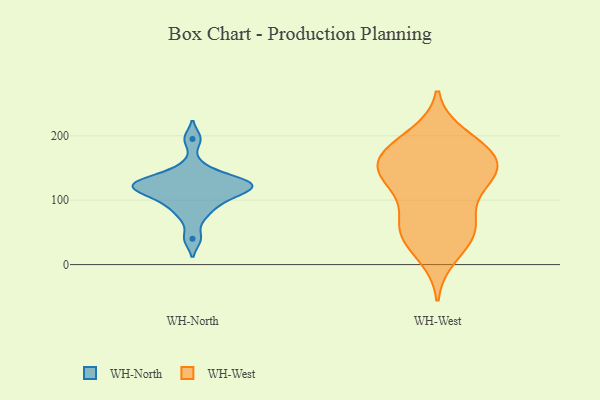
{"axis": {"x": "Tickets Resolved", "y": "Value"}, "legend": ["WH-North", "WH-West"], "data": [{"x": "", "y": 127, "type": "WH-North"}, {"x": "", "y": 151, "type": "WH-North"}, {"x": "", "y": 195, "type": "WH-North"}, {"x": "", "y": 121, "type": "WH-North"}, {"x": "", "y": 74, "type": "WH-North"}, {"x": "", "y": 130, "type": "WH-North"}, {"x": "", "y": 125, "type": "WH-North"}, {"x": "", "y": 100, "type": "WH-North"}, {"x": "", "y": 40, "type": "WH-North"}, {"x": "", "y": 108, "type": "WH-North"}, {"x": "", "y": 114, "type": "WH-North"}, {"x": "", "y": 132, "type": "WH-North"}, {"x": "", "y": 121, "type": "WH-North"}, {"x": "", "y": 90, "type": "WH-North"}, {"x": "", "y": 186, "type": "WH-West"}, {"x": "", "y": 177, "type": "WH-West"}, {"x": "", "y": 159, "type": "WH-West"}, {"x": "", "y": 14, "type": "WH-West"}, {"x": "", "y": 41, "type": "WH-West"}, {"x": "", "y": 133, "type": "WH-West"}, {"x": "", "y": 152, "type": "WH-West"}, {"x": "", "y": 173, "type": "WH-West"}, {"x": "", "y": 61, "type": "WH-West"}, {"x": "", "y": 62, "type": "WH-West"}, {"x": "", "y": 135, "type": "WH-West"}, {"x": "", "y": 71, "type": "WH-West"}, {"x": "", "y": 125, "type": "WH-West"}, {"x": "", "y": 127, "type": "WH-West"}, {"x": "", "y": 44, "type": "WH-West"}, {"x": "", "y": 159, "type": "WH-West"}, {"x": "", "y": 199, "type": "WH-West"}]}